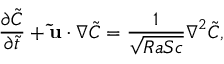
\frac { \partial \tilde { C } } { \partial \tilde { t } } + \mathbf { \tilde { u } } \cdot \boldsymbol \nabla \tilde { C } = \frac { 1 } { \sqrt { R a S c } } \boldsymbol \nabla ^ { 2 } \tilde { C } ,